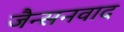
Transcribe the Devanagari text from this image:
जैन्सनवाद